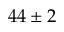
4 4 \pm 2